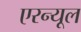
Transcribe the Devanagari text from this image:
एरन्‍यूल